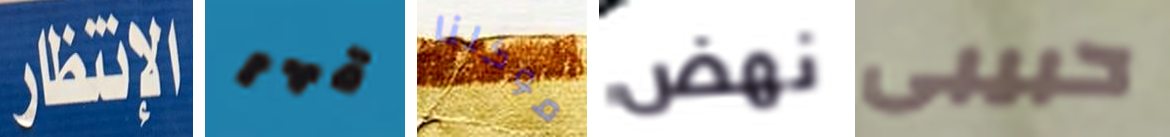
الإنتظار قهر موكلنا نهض حبيبى